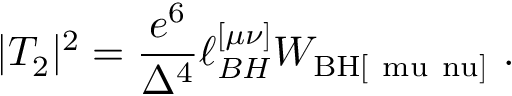
| { \cal T } _ { 2 } | ^ { 2 } = { \frac { e ^ { 6 } } { \Delta ^ { 4 } } } \ell _ { B H } ^ { [ \mu \nu ] } W _ { \mathrm { B H [ \ m u \ n u ] } } \ .